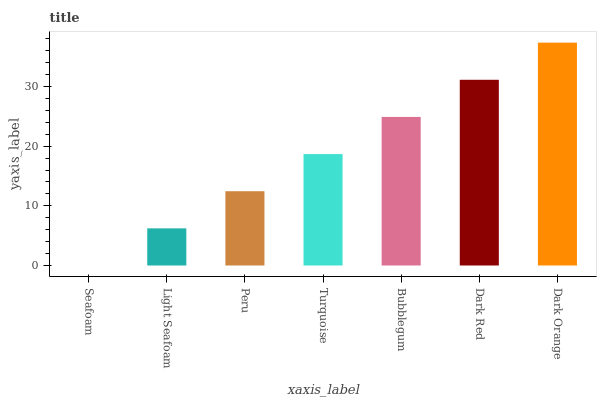
| xaxis_label | bars |
 | --- | --- |
 | Seafoam | 0 |
 | Light Seafoam | 6.23 |
 | Peru | 12.5 |
 | Turquoise | 18.7 |
 | Bubblegum | 24.9 |
 | Dark Red | 31.1 |
 | Dark Orange | 37.4 |